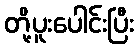
တို့ပူးပေါင်းပြီး